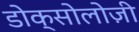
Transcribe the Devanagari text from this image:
डोक्सोलोज़ी